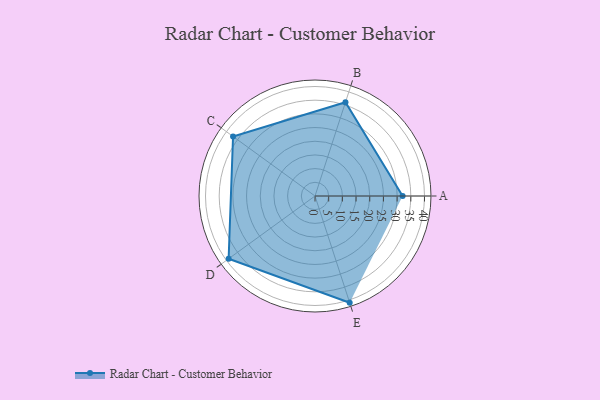
{"axis": {"x": "Skill", "y": "Score"}, "legend": ["Profile"], "data": [{"x": "A", "y": 32.0, "type": "Profile"}, {"x": "B", "y": 36.0, "type": "Profile"}, {"x": "C", "y": 37.0, "type": "Profile"}, {"x": "D", "y": 39.0, "type": "Profile"}, {"x": "E", "y": 41.0, "type": "Profile"}]}